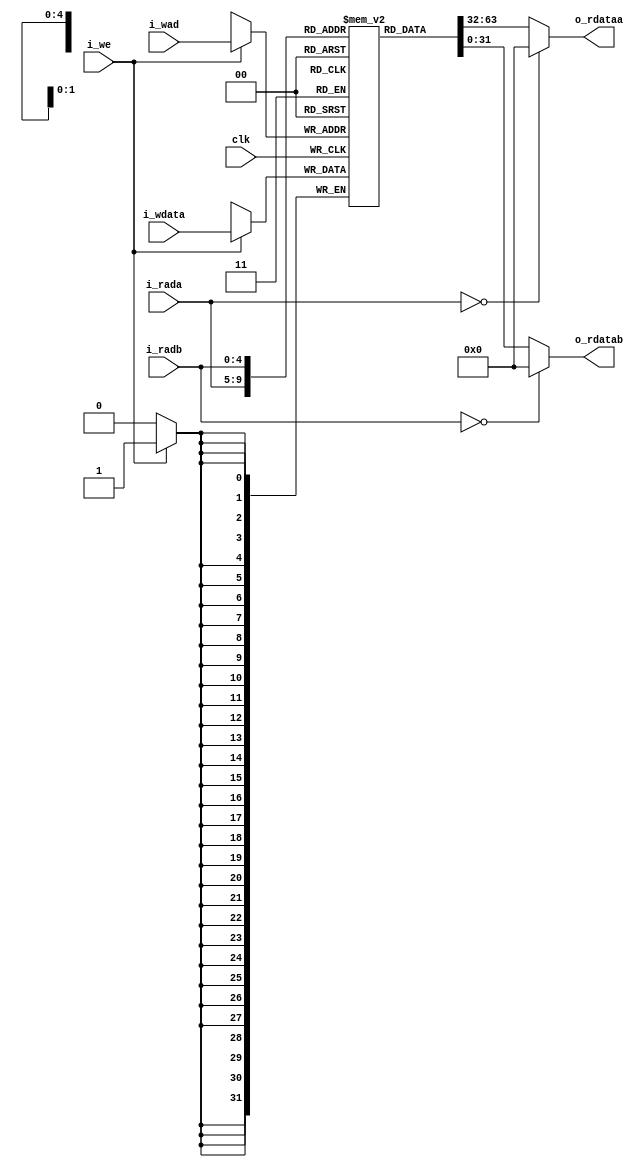
`timescale 1ns / 1ps
module regfile #(
	parameter	DW = 32
)(
	input				clk,

	// write
	input	[DW-1:0]	i_wdata,
	input	[4:0]		i_wad,
	input				i_we,
	// read
	output	[DW-1:0]	o_rdataa,
	output	[DW-1:0]	o_rdatab,
	input	[4:0]		i_rada,
	input	[4:0]		i_radb
);

	reg	[DW-1:0]		rf	[0:31];

	always @(posedge clk) begin
		if (i_we) begin
			rf[i_wad] <= i_wdata;
		end
	end

	integer i;
	initial begin
		for(i=0; i < 32; i=i+1)
			rf[i]=0;
	end

	assign o_rdataa = (i_rada == 0) ? 0 : rf[i_rada];
	assign o_rdatab = (i_radb == 0) ? 0 : rf[i_radb];

endmodule